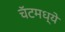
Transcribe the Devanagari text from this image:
चॅटमध्ये